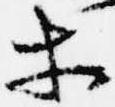
等